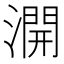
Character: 𣾺